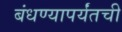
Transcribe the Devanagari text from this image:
बंधण्यापर्यंतची